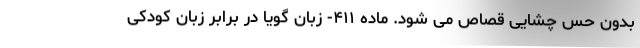
بدون حس چشایی قصاص می شود. ماده ۴۱۱- زبان گویا در برابر زبان کودکی